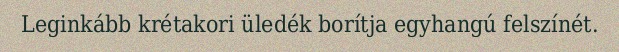
Leginkább krétakori üledék borítja egyhangú felszínét.